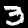
Digit: 3